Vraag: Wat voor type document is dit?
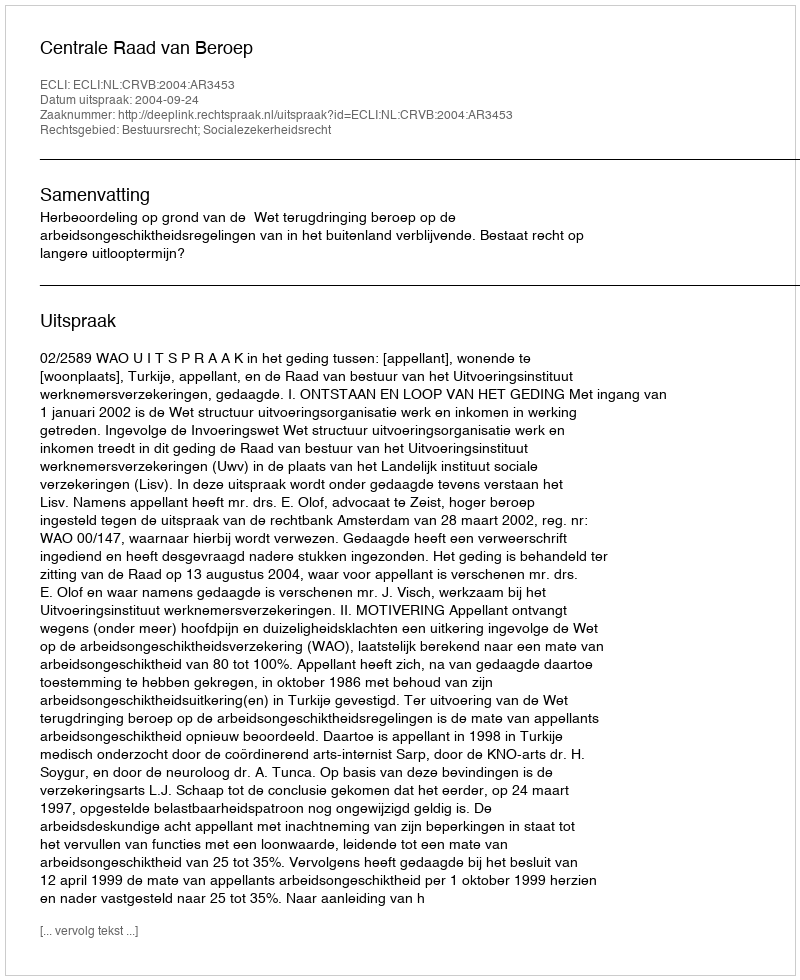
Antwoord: Uitspraak